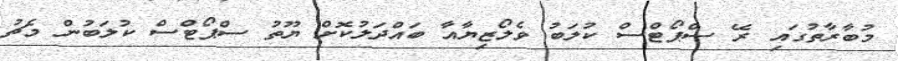
މުބާރާތުގައި ރޭ ސްޕޯޓްސް ކުލަބު ވެލޯޒިޔާއާ ބައްދަލުކޮށް ޔޫތު ސްޕޯޓްސް ކުލަބުން މެޗު